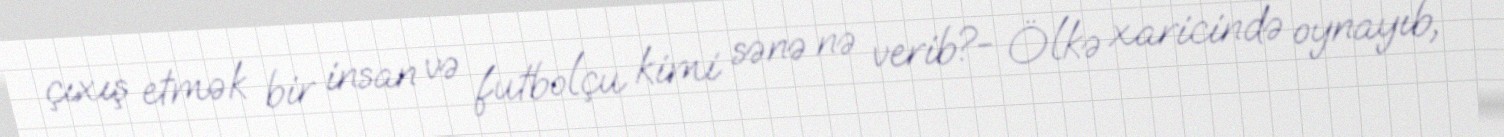
çıxış etmək bir insan və futbolçu kimi sənə nə verib?- Ölkə xaricində oynayıb,